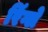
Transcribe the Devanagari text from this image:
रिंग्ले